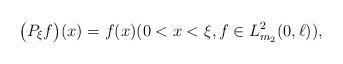
LaTeX: \begin{align*} & \big(P_{\xi}f\big)(x)=f(x) (0<x<\xi, f\in L^2_{m_2}(0,\ell)),\end{align*}